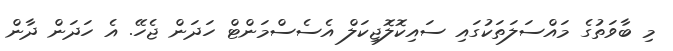
މި ބާވަތުގެ މައްސަލަތަކުގައި ސައިކޮލޮޖިކަލް އެސެސްމަންޓް ހަދަން ޖެހޭ. އެ ހަދަން ދާން